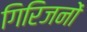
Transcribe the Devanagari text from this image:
गिरिजनों